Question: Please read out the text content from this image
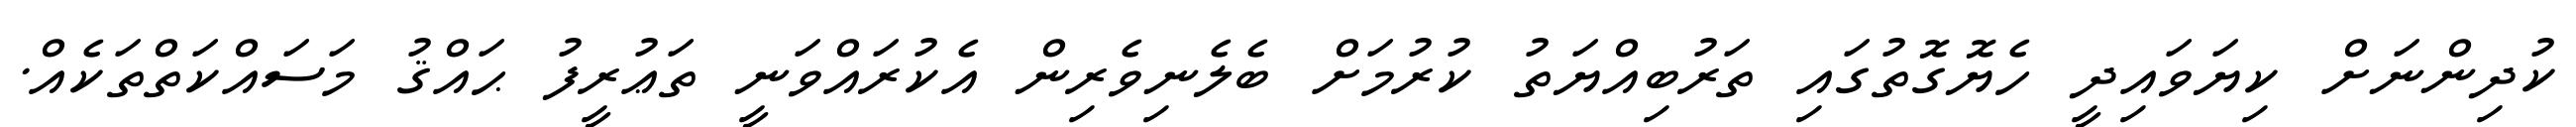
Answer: ކުދިންނަށް ކިޔަވައިދީ ހެޔޮގޮތުގައި ތަރުބިއްޔަތު ކުރުމަށް ބެލެނިވެރިން އެކުރައްވަނީ ތަޢުރީފު ޙައްޤު މަސައްކަތްތަކެއް.